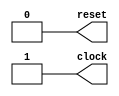
`timescale 1ns / 1ns

module reset_clock (reset, clock);

   output reg reset;
   output reg clock;
   integer Period = 100;

   // reset generation
   initial
     begin
	reset <= 1;
	#(Period/5);
	reset <= 0;
     end

   // clock generation
   always
     begin
	clock <= 0;
	#(Period/2);
	clock <= 1;
	#(Period/2);
     end

endmodule